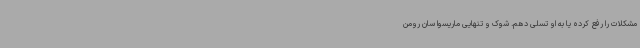
مشکلات را رفع کرده یا به او تسلی دهم. شوک و تنهایی ماریسوا سان رومن